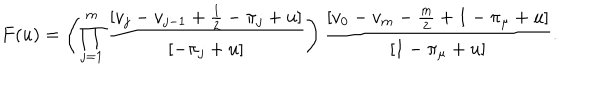
F ( u ) = \left( \prod _ { j = 1 } ^ { m } \frac { [ v _ { j } - v _ { j - 1 } + \frac { 1 } { 2 } - \pi _ { j } + u ] } { [ - \pi _ { j } + u ] } \right) \frac { [ v _ { 0 } - v _ { m } - \frac { m } { 2 } + 1 - \pi _ { \mu } + u ] } { [ 1 - \pi _ { \mu } + u ] } .